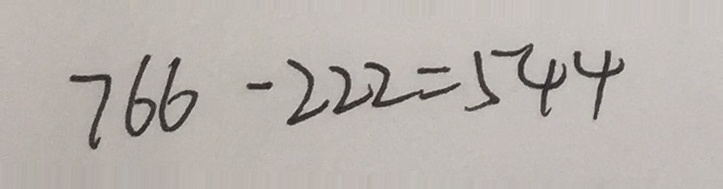
7 6 6 - 2 2 2 = 5 4 4